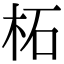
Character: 柘